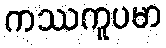
ကဿကူပမာ